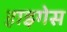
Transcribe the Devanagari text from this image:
हाइगेस